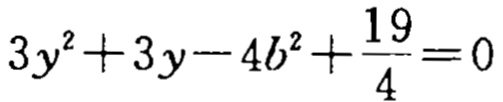
\(3y^{2}+3y - 4b^{2}+\frac{19}{4}=0\)